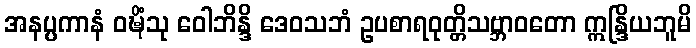
အနပ္ပကာနံ ဝဍ္ဎိံသု ဝေါဘိန္ဒိ ဒေဝသဘံ ဥပစာရဝုတ္တိသဗ္ဘာဝတော ဣန္ဒြိယဘူမိ